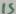
Text: 15